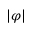
| \varphi |